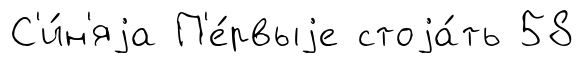
С'и́н'яjа П'е́рвыjе стоjа́ть 58